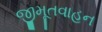
જીમૂતવાહન